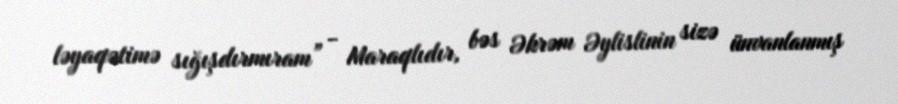
ləyaqətimə sığışdırmıram” - Maraqlıdır, bəs Əkrəm Əylislinin sizə ünvanlanmış